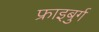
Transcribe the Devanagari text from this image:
फ्राइबुर्ग